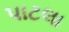
પાટલા